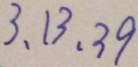
3 、 1 3 、 3 9